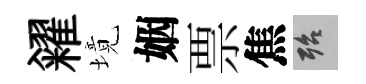
糴境姻票焦殆